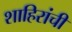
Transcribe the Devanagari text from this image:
शाहिरांची